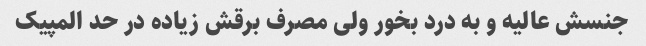
جنسش عالیه و به درد بخور ولی مصرف برقش زیاده در حد المپیک